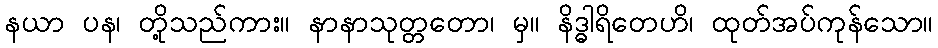
နယာ ပန၊ တို့သည်ကား။ နာနာသုတ္တတော၊ မှ။ နိဒ္ဓါရိတေဟိ၊ ထုတ်အပ်ကုန်သော။